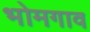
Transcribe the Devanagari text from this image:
भोमगाव